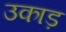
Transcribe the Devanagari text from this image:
उकाड़